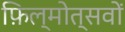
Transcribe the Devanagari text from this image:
फ़िल्मोत्सवों